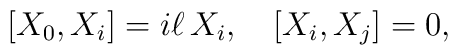
[ X_0, X_i ] = i\ell\, X_i, \quad [ X_i, X_j ] =0,